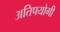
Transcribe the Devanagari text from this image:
अतिपयोगी